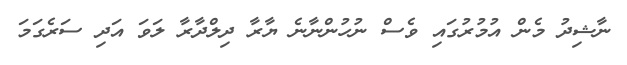
ނާޝިދު މެން އުމުރުގައި ވެސް ނުހުންނާނެ ޔާރާ ދިލްދާރާ ލަވަ އަދި ސަރެގަމަ